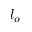
l _ { o }